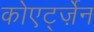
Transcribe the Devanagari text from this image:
कोएर्ट्ज़ेन